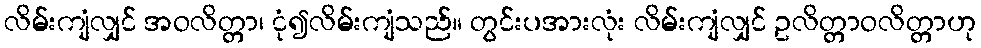
လိမ်းကျံလျှင် အဝလိတ္တာ၊ ငုံ၍လိမ်းကျံသည်။ တွင်းပအားလုံး လိမ်းကျံလျှင် ဥလိတ္တာဝလိတ္တာဟု